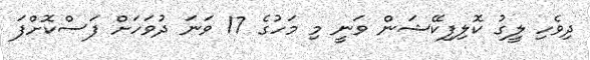
ދިވެހި ލީގު ކޮލިފިކޭޝަން ވަނީ މި މަހުގެ 17 ވަނަ ދުވަހަށް ފަސްކޮށްފަ